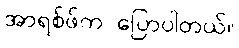
အာရစ်ဖ်က ပြောပါတယ်။